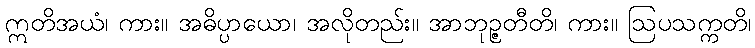
ဣတိအယံ၊ ကား။ အဓိပ္ပာယော၊ အလိုတည်း။ အာဘုဉ္ဇတီတိ၊ ကား။ ဩပသက္ကတိ၊